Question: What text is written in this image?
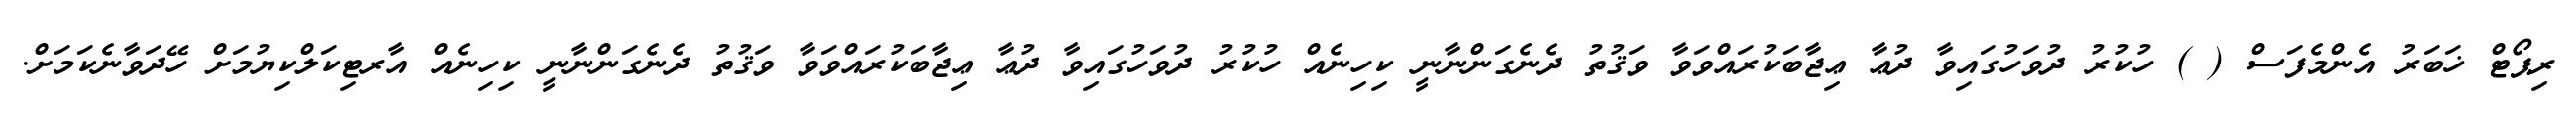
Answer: ރިޕޯޓް ޚަބަރު އެންމެފަސް ( ) ހުކުރު ދުވަހުގައިވާ ދުޢާ ޢިޖާބަކުރައްވަވާ ވަޤުތު ދެނެގަންނާނީ ކިހިނެއް ހުކުރު ދުވަހުގައިވާ ދުޢާ ޢިޖާބަކުރައްވަވާ ވަޤުތު ދެނެގަންނާނީ ކިހިނެއް އާރޓިކަލްކިޔުމަށް ހޭދަވާނެކަމަށް.